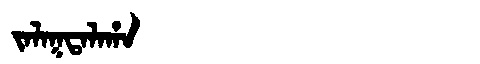
Manchu: ᠵᠠᠯᠠᡴᡨᠠᠯᠠᡥᠠ
Romanization: JALAKTALAHA